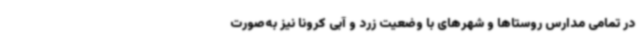
در تمامی مدارس روستاها و شهرهای با وضعیت زرد و آبی کرونا نیز به‌صورت